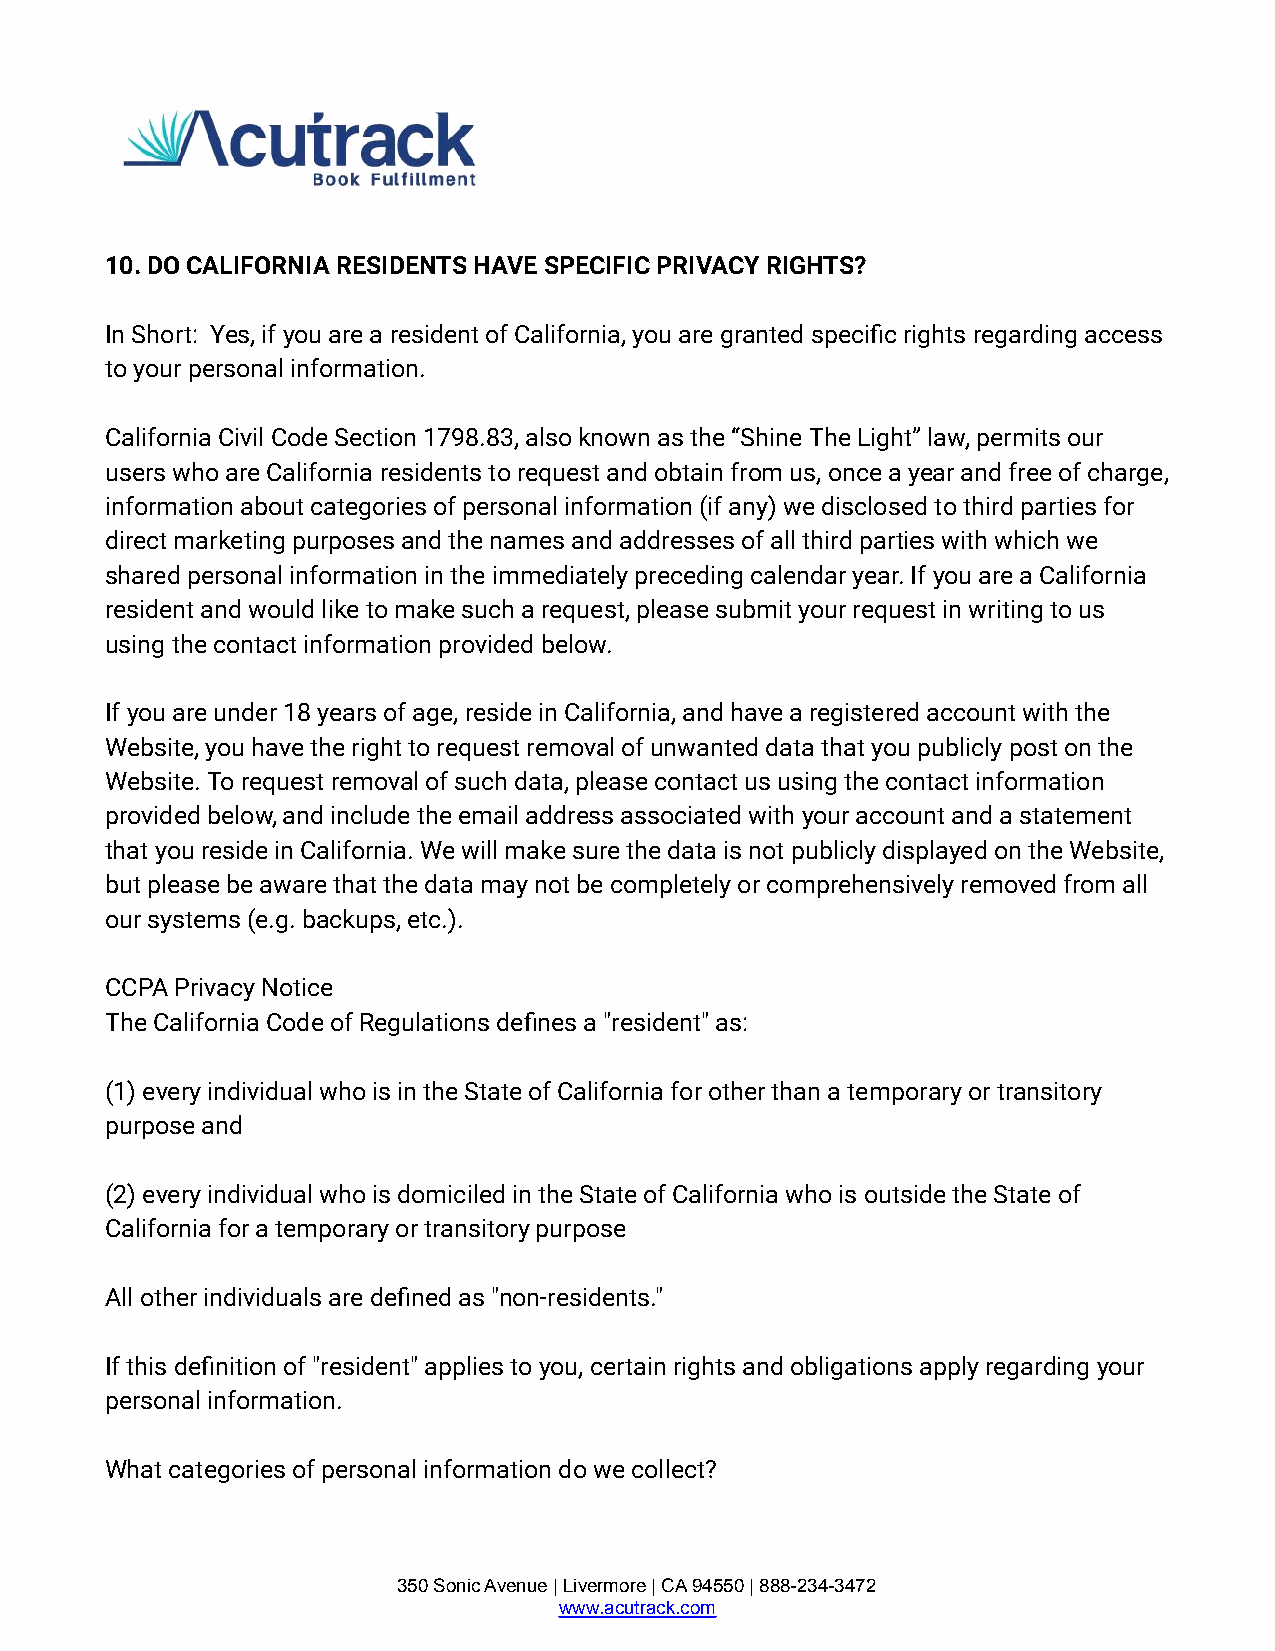
10. DO CALIFORNIA RESIDENTS HAVE SPECIFIC PRIVACY RIGHTS?
 In Short: Yes, if you are a resident of California, you are granted specific rights regarding access
 to your personal information.
 California Civil Code Section 1798.83, also known as the “Shine The Light” law, permits our
 users who are California residents to request and obtain from us, once a year and free of charge,
 information about categories of personal information (if any) we disclosed to third parties for
 direct marketing purposes and the names and addresses of all third parties with which we
 shared personal information in the immediately preceding calendar year. If you are a California
 resident and would like to make such a request, please submit your request in writing to us
 using the contact information provided below.
 If you are under 18 years of age, reside in California, and have a registered account with the
 Website, you have the right to request removal of unwanted data that you publicly post on the
 Website. To request removal of such data, please contact us using the contact information
 provided below, and include the email address associated with your account and a statement
 that you reside in California. We will make sure the data is not publicly displayed on the Website,
 but please be aware that the data may not be completely or comprehensively removed from all
 our systems (e.g. backups, etc.).
 CCPA Privacy Notice
 The California Code of Regulations defines a "resident" as:
 (1) every individual who is in the State of California for other than a temporary or transitory
 purpose and
 (2) every individual who is domiciled in the State of California who is outside the State of
 California for a temporary or transitory purpose
 All other individuals are defined as "non-residents."
 If this definition of "resident" applies to you, certain rights and obligations apply regarding your
 personal information.
 What categories of personal information do we collect?
 350 Sonic Avenue | Livermore | CA 94550 | 888-234-3472
 www.acutrack.com